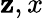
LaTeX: \mathbf{z},x